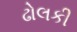
ઢોલકી